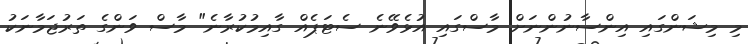
މި މިޝަންގައި އިންސާނުންނަށް މާސްގައި އުޅެވޭނެ ސެޓަޕެއް ގާއިމުކުރާނެ" މާސް ވަންގެ ތަރުޖަމާނަކު